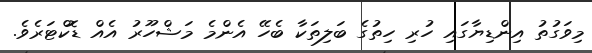
މިވަގުތު އިންޑިޔާގައި ހުރި ހިތުގެ ބަލިތަކާ ބެހޭ އެންމެ މަޝްހޫރު އެއް ޑޮކްޓަރެވެ.